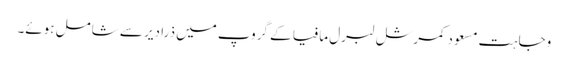
وجاہت مسعود کمرشل لبرل مافیا کے گروپ میں ذرا دیر سے شامل ہوئے۔